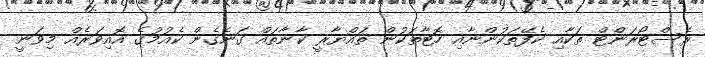
ރެސްޓޯރަންޓް ތަކާއި ކެފޭތަކުންނާއި ހޮޓާތަކުން ތައްޔާރީ ކާނާތައް ގަނެގެން ކެއުމުގެ އޮއިވަރެއް މިވަނީ